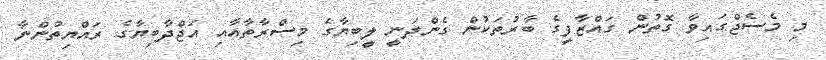
މި މެސެޖްގައިވާ ގޮތުން ގައްޒާފީގެ ބާރުތަކުން ގެންދަނީ ލީބިޔާގެ މިސްރާތާއާއި އަޖްދާބިޔާގެ ރައްޔިތުންނާ